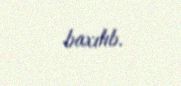
baxılıb.